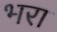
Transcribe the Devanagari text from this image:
भ्‍ारा